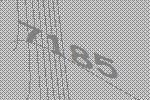
7185